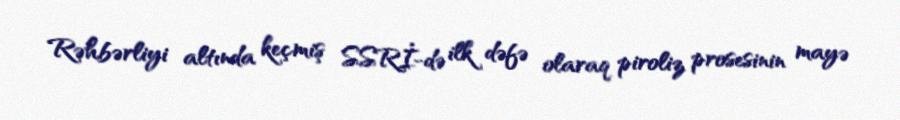
Rəhbərliyi altında keçmiş SSRİ-də ilk dəfə olaraq piroliz prosesinin mayə